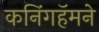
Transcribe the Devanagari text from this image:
कनिंगहॅमने